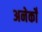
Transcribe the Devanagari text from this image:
अनेकोँ